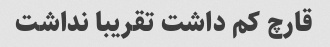
قارچ کم داشت تقریبا نداشت